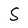
Character: S